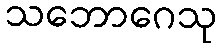
သဘောဂေသု